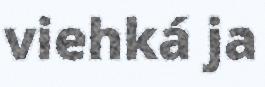
viehká ja